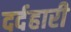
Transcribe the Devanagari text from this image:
दर्दहारी